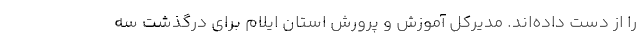
را از دست داده‌اند. مدیرکل آموزش و پرورش استان ایلام برای درگذشت سه